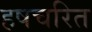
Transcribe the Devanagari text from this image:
हषचरित